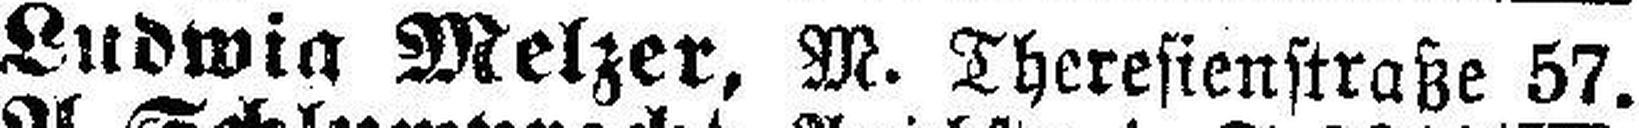
Ludwig Melzer, M. Theresienstraße 57.